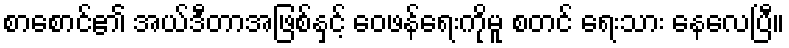
စာစောင်၏ အယ်ဒီတာအဖြစ်နှင့် ဝေဖန်ရေးကိုမူ စတင် ရေးသား နေလေပြီ။